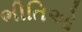
ભીતિઓ